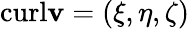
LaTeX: \textrm{curl}\mathbf{v}=(\xi,\eta,\zeta)